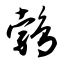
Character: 鹁